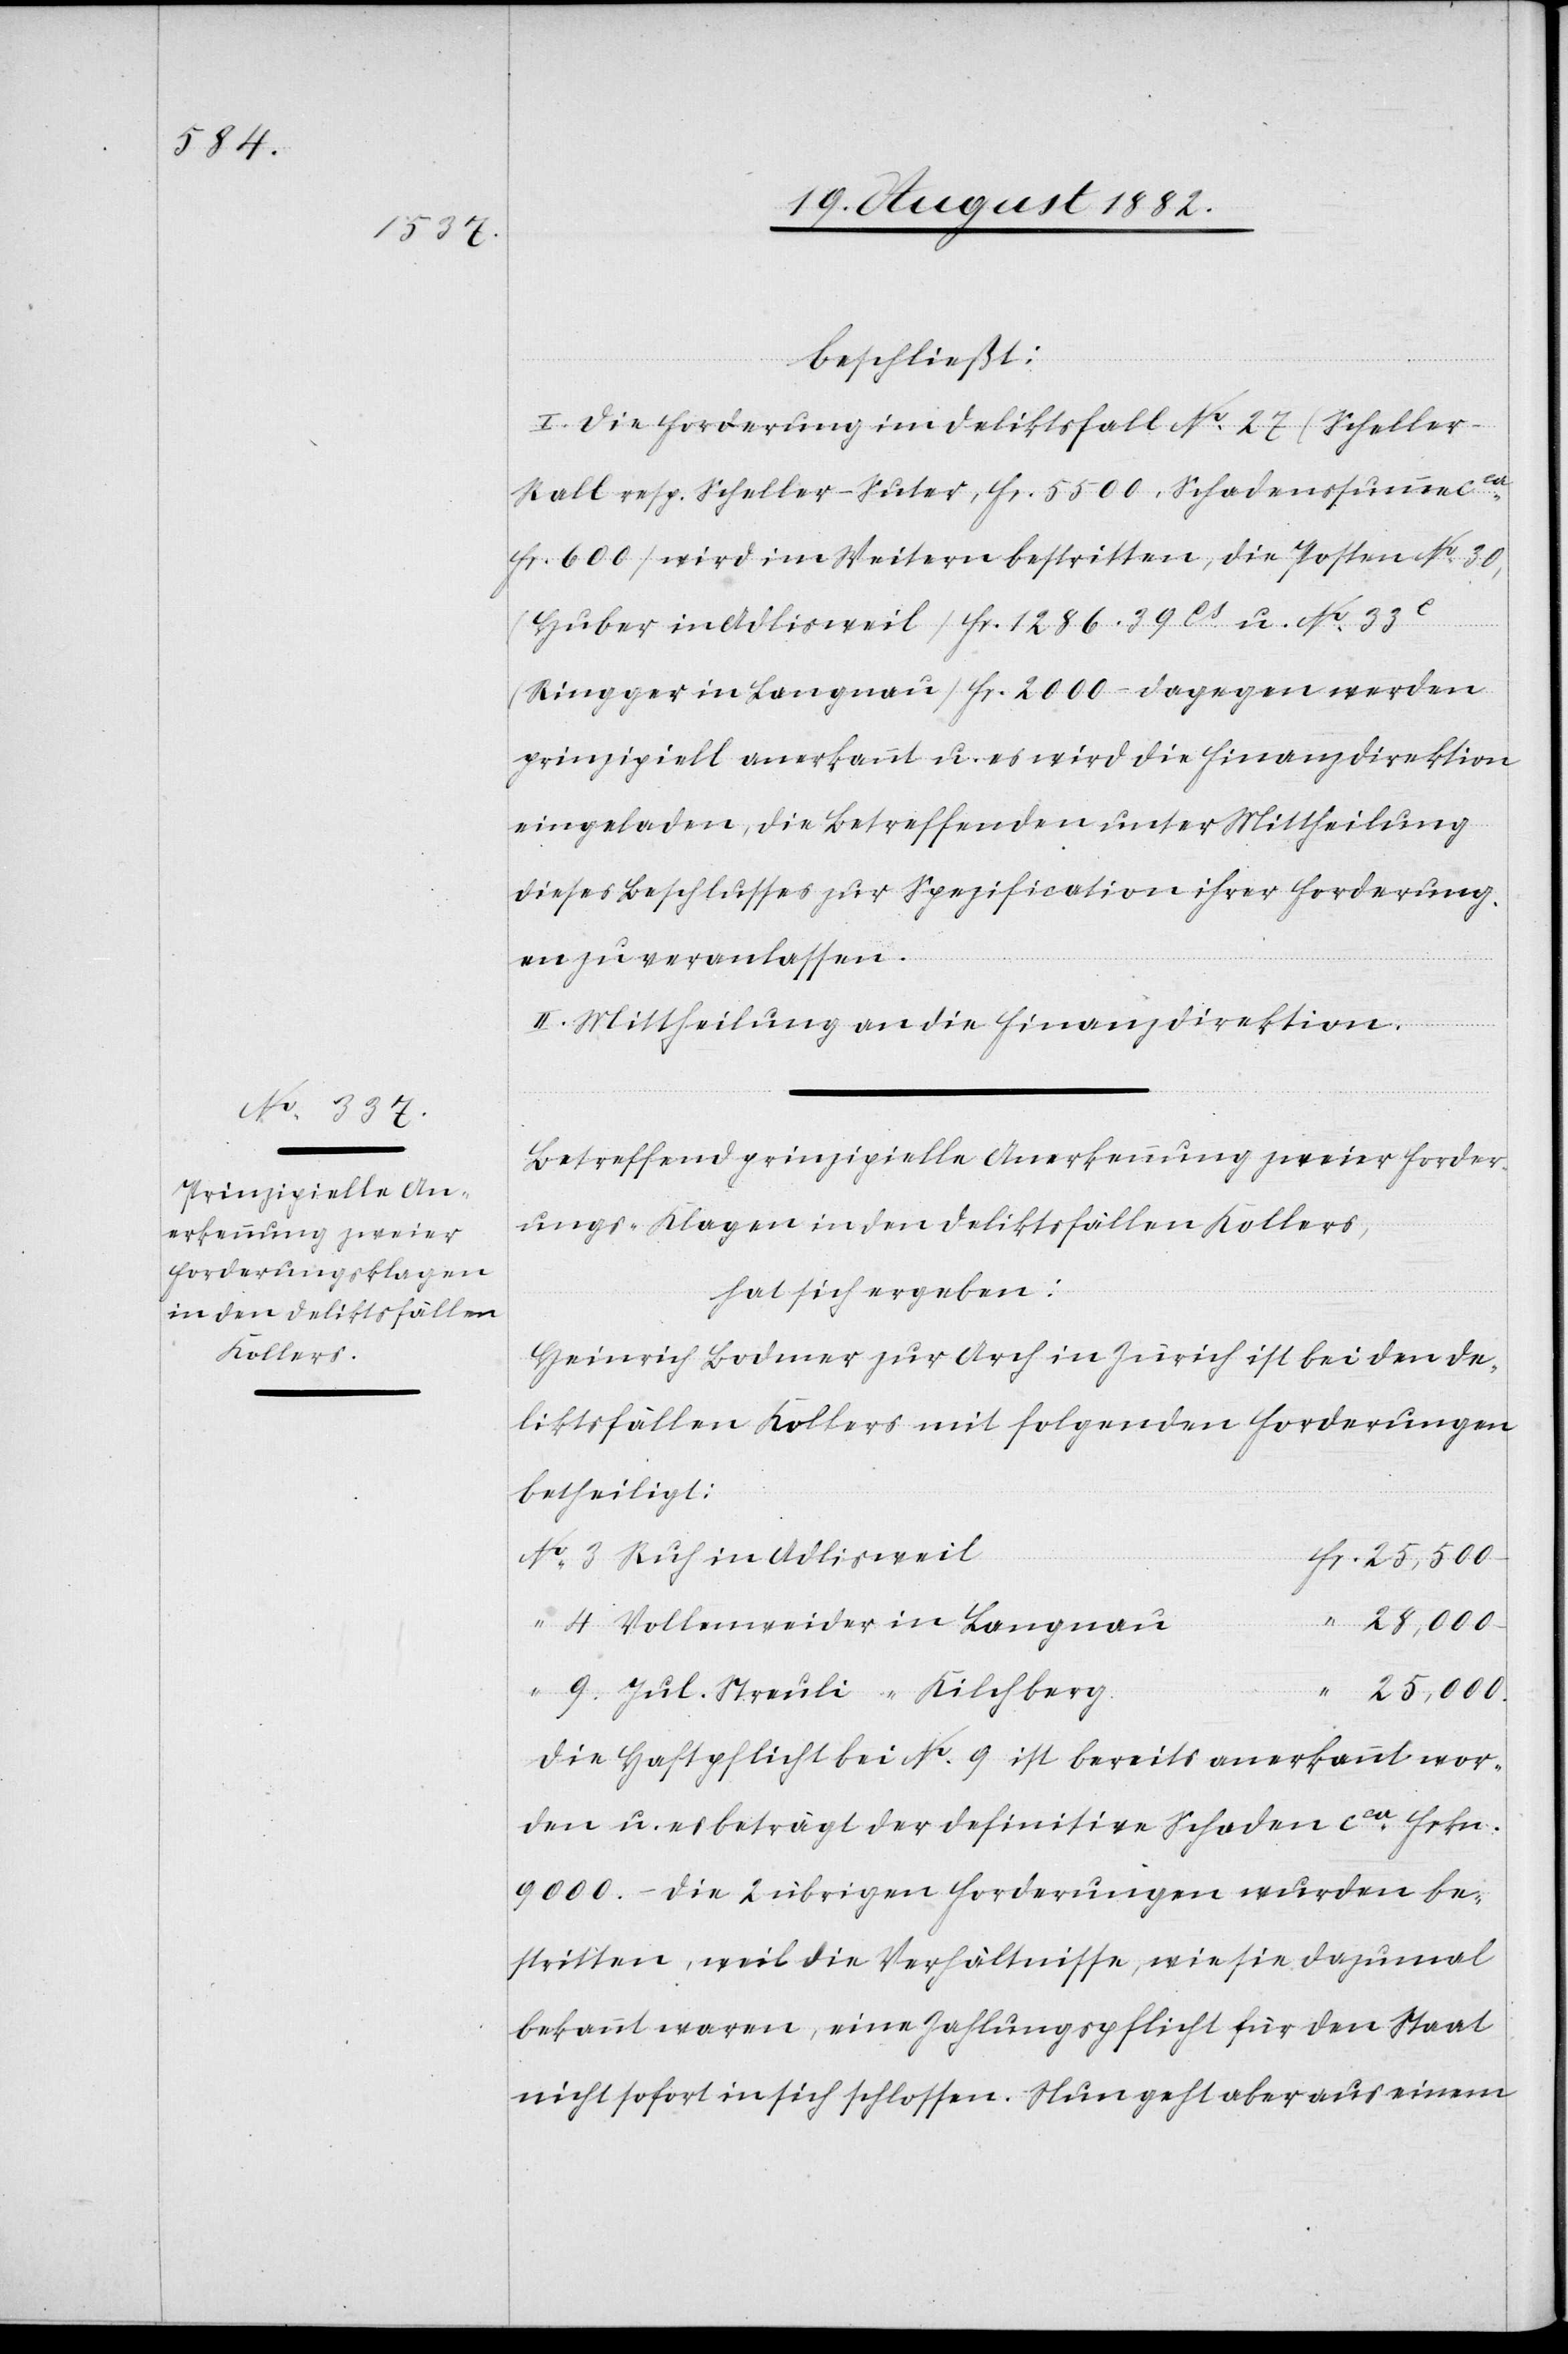
Fr.

beschließt:
I. Die Forderung im Deliktsfall No 27 (Scheller-R¬
all resp. Scheller-Suter, Fr. 5500, Schadenssumme ca
Fr. 600) wird im Weitern bestritten, die Posten No 30,
(Huber in Adlisweil) Fr. 1286.39Cs. u. No 33e
(Ringger in Langnau) Fr. 2000 – dagegen werden
prinzipiell anerkannt u. es wird die Finanzdirektion
eingeladen, die Betreffenden unter Mittheilung
dieses Beschlusses zur Spezification ihrer Forderung¬
en zu veranlassen.
II Mittheilung an die Finanzdirektion.
Betreffend prinzipielle Anerkennung zweier Forder¬
ungs-Klagen in den Deliktsfällen Kollers,
hat sich ergeben:
Heinrich Bodmer zur Arch in Zürich ist bei den De¬
liktsfällen Kollers mit folgenden Forderungen
betheiligt:
Vollenweider in Langnau
–
Jul. Streuli “ Kilchberg
25,000.
Die Haftpflicht bei No 9 ist bereits anerkannt wor¬
den u. es beträgt der definitive Schaden ca Frkn.
9000. – Die 2 übrigen Forderungen wurden be¬
stritten, weil die Verhältnisse, wie sie dazumal
bekannt waren, eine Zahlungspflicht für den Staat
nicht sofort in sich schlossen. Nun geht aber aus einem